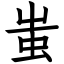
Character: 蚩